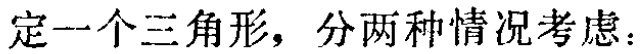
定一个三角形，分两种情况考虑：